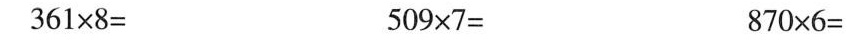
$$3 6 1 \times 8=$$ $$5 0 9 \times 7 =$$ $$8 7 0 \times 6 =$$